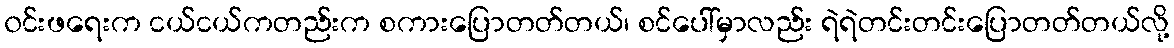
၀င်းဖရေးက ငယ်ငယ်ကတည်းက စကားပြောတတ်တယ်၊ စင်ပေါ်မှာလည်း ရဲရဲတင်းတင်းပြောတတ်တယ်လို့